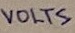
Text: VOLTS